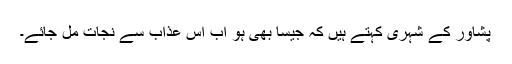
پشاور کے شہری کہتے ہیں کہ جیسا بھی ہو اب اس عذاب سے نجات مل جائے۔